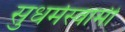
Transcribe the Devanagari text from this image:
सुधर्मस्वामी